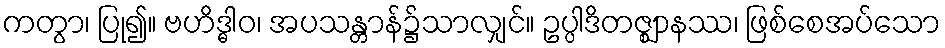
ကတွာ၊ ပြု၍။ ဗဟိဒ္ဓါဝ၊ အပသန္တာန်၌သာလျှင်။ ဥပ္ပါဒိတဇ္ဈာနဿ၊ ဖြစ်စေအပ်သော